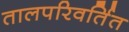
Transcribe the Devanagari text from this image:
तालपरिवर्तित